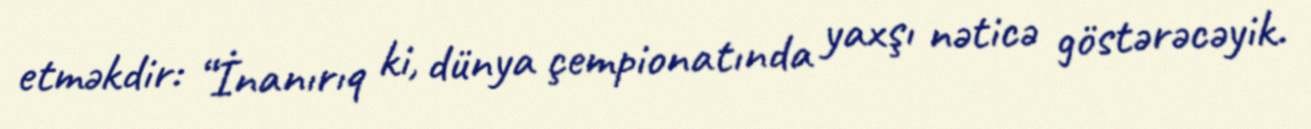
etməkdir: “İnanırıq ki, dünya çempionatında yaxşı nəticə göstərəcəyik.